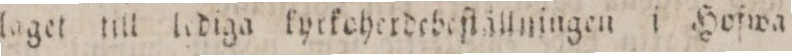
ſlaget till lediga ſyrkcherdebeſtällningen i Hoſwa